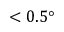
< 0 . 5 °